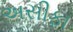
અસીફા